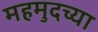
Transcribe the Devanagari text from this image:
महमुदच्या